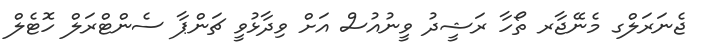
ޖެނަރަލްގ މެނޭޖާރ ތޯހާ ރަޝީދު ވީނުއުސް އަށް ވިދާޅުވީ ޗަންޕާ ސެންޓްރަލް ހޮޓެލް